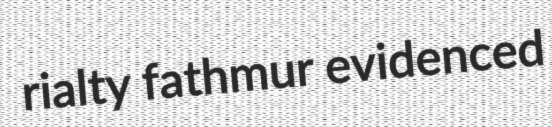
rialty fathmur evidenced